On a parasite found in persons suffering from enlargement of the spleen in India, second report - Number 11
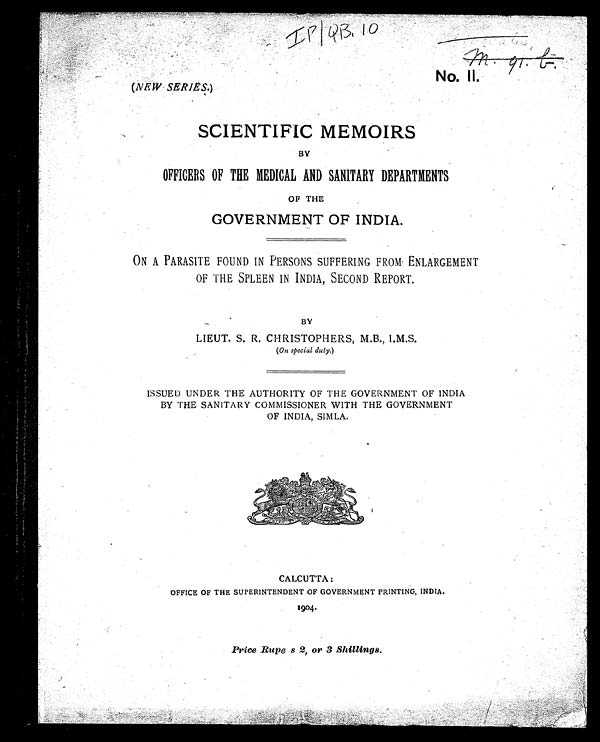
IP/QB, 10
No. II.
(NEW SERIES.)
SCIENTIFIC MEMOIRS
BY
OFFICERS OF THE MEDICAL AND SANITARY DEPARTMENTS
OF THE
GOVERNMENT OF INDIA.
ON A PARASITE FOUND IN PERSONS SUFFERING FROM ENLARGEMENT
OF THE SPLEEN IN INDIA, SECOND REPORT.
BY
LIEUT. S. R. CHRISTOPHERS, M.B., I.M.S.
(On special duty.)
ISSUED UNDER THE AUTHORITY OF THE GOVERNMENT OF INDIA
BY THE SANITARY COMMISSIONER WITH THE GOVERNMENT
OF INDIA, SIMLA.
CALCUTTA:
OFFICE OF THE SUPERINTENDENT OF GOVERNMENT PRINTING, INDIA.
1904.
Price Rupe s 2, or 3 Shillings.